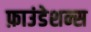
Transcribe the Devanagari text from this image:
फ़ाउंडेशन्स